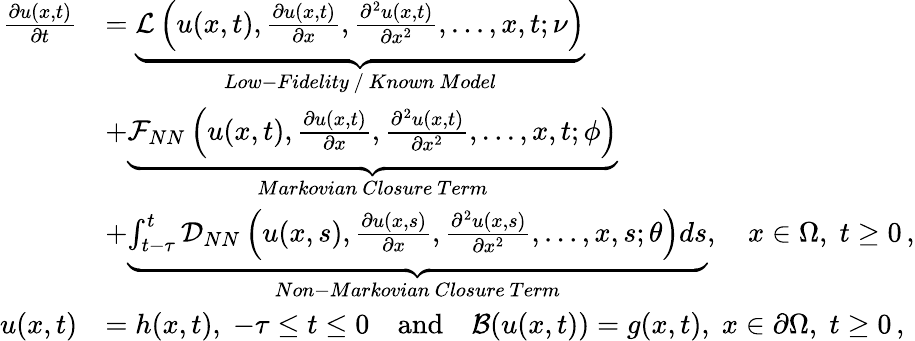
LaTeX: \begin{array}{rl}{\frac{\partial u(x,t)}{\partial t}}&{=\underbrace{\mathcal{L}\left(u(x,t),\frac{\partial u(x,t)}{\partial x},\frac{\partial^{2}u(x,t)}{\partial x^{2}},...,x,t;\nu\right)}_{Low-Fidelity~/~Known~Model}}\\ &{+\underbrace{\mathcal{F}_{NN}\left(u(x,t),\frac{\partial u(x,t)}{\partial x},\frac{\partial^{2}u(x,t)}{\partial x^{2}},...,x,t;\phi\right)}_{Markovian~Closure~Term}}\\ &{+\underbrace{\int_{t-\tau}^{t}\mathcal{D}_{NN}\left(u(x,s),\frac{\partial u(x,s)}{\partial x},\frac{\partial^{2}u(x,s)}{\partial x^{2}},...,x,s;\theta\right)ds}_{Non-Markovian~Closure~Term},\quad x\in\Omega,\; t\geq 0\, ,}\\ {u(x,t)}&{=h(x,t),\; -\tau\leq t\leq 0\quad\mathrm{and}\quad\mathcal{B}(u(x,t))=g(x,t),\; x\in\partial\Omega,\; t\geq 0\, ,}\end{array}